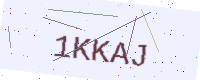
Text: 1KKAJ